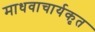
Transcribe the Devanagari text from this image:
माधवाचार्यकृत